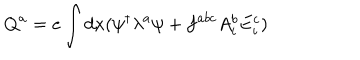
Q ^ { a } = e \int d x ( \psi ^ { \dagger } \lambda ^ { a } \psi + f ^ { a b c } A _ { i } ^ { b } E _ { i } ^ { c } )